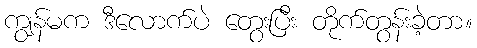
ကျွန်မက ဒီလောက်ပဲ တွေးပြီး တိုက်တွန်းခဲ့တာ။